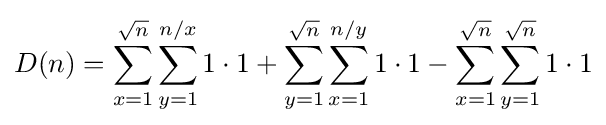
D(n)=\sum _{x=1}^{\sqrt {n}}\sum _{y=1}^{n/x}1\cdot 1+\sum _{y=1}^{\sqrt {n}}\sum _{x=1}^{n/y}1\cdot 1-\sum _{x=1}^{\sqrt {n}}\sum _{y=1}^{\sqrt {n}}1\cdot 1